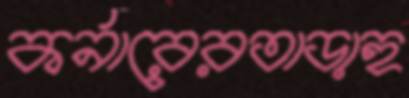
কর্নারেরতাড়াহু